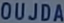
OUJDA